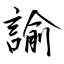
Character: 諭